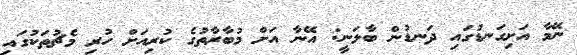
ނޭމާ އަށިގަނޑުގައި ދަނޑުން ބާލަނީ: އޭނާ އަށް މުބާރާތުގެ ކުރިއަށް ހުރި މެޗުތަކުގައި